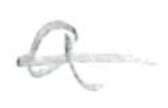
Text: a
Cross-out: single-line
Writing tool: pencil